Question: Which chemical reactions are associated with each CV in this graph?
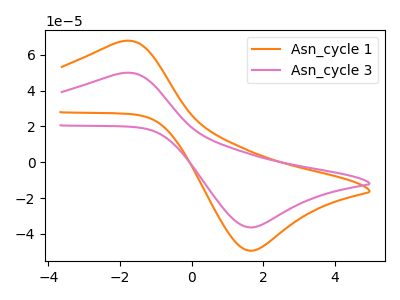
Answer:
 <answer>The orange curve is labeled "Asn_cycle 1". The pink curve is labeled "Asn_cycle 3".</answer>
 <eval></eval>